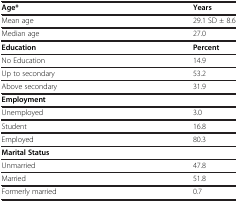
| Age* | Years |
 | --- | --- |
 | Mean age | 29.1 SD ± 8.6 |
 | Median age | 27.0 |
 | Education | Percent |
 | No Education | 14.9 |
 | Up to secondary | 53.2 |
 | Above secondary | 31.9 |
 | Employment |  |
 | Unemployed | 3.0 |
 | Student | 16.8 |
 | Employed | 80.3 |
 | Marital Status |  |
 | Unmarried | 47.8 |
 | Married | 51.8 |
 | Formerly married | 0.7 |